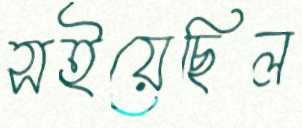
সইয়েছিল